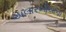
અલારખીયાના